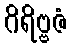
ဂိရိဗ္ဗဇံ